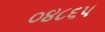
૦૪૮૬૫